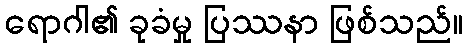
ရောဂါ၏ ခုခံမှု ပြဿနာ ဖြစ်သည်။